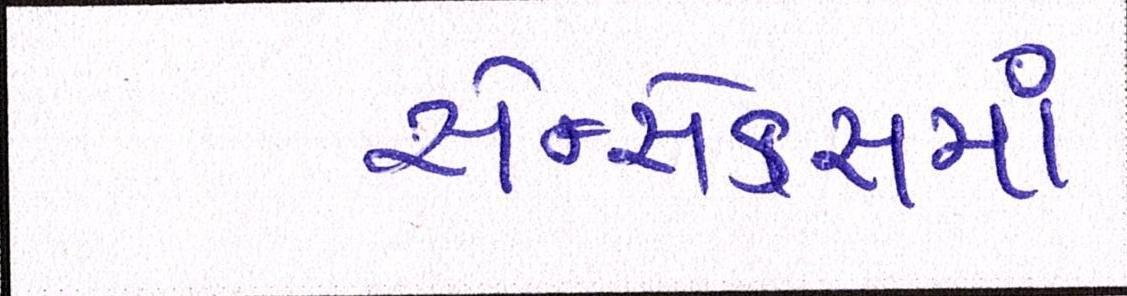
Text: સેન્સેક્સમાં